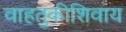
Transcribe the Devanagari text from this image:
वाहतुकीशिवाय